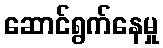
ဆောင်ရွက်နေမှု